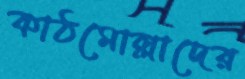
কাঠমোল্লাদের